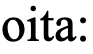
oita: